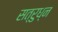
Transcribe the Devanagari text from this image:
सत्रुध्न